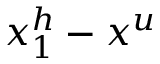
x _ { 1 } ^ { h } - x ^ { u }